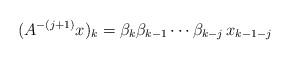
LaTeX: \begin{align*}(A^{-(j + 1)}x)_k = \beta_k\beta_{k-1}\cdots\beta_{k - j}\, x_{k - 1 - j}\end{align*}